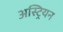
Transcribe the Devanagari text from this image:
अस्ट्रियन